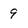
Character: 9